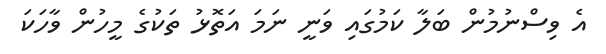
އެ ވިސްނުމުން ބަލާ ކަމުގައި ވަނީ ނަމަ އަތޮޅު ތަކުގެ މީހުން ވާހަކަ